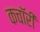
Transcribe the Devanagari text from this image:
कचॉरी